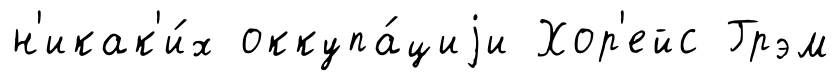
н'икак'и́х оккупа́циjи Хор'ейс Грэм